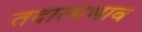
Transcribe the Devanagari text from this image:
तदात्मभाव